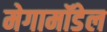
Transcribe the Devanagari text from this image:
मेगामॉडेल